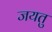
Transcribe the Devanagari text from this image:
जयतु